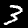
Digit: 3